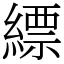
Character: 縹